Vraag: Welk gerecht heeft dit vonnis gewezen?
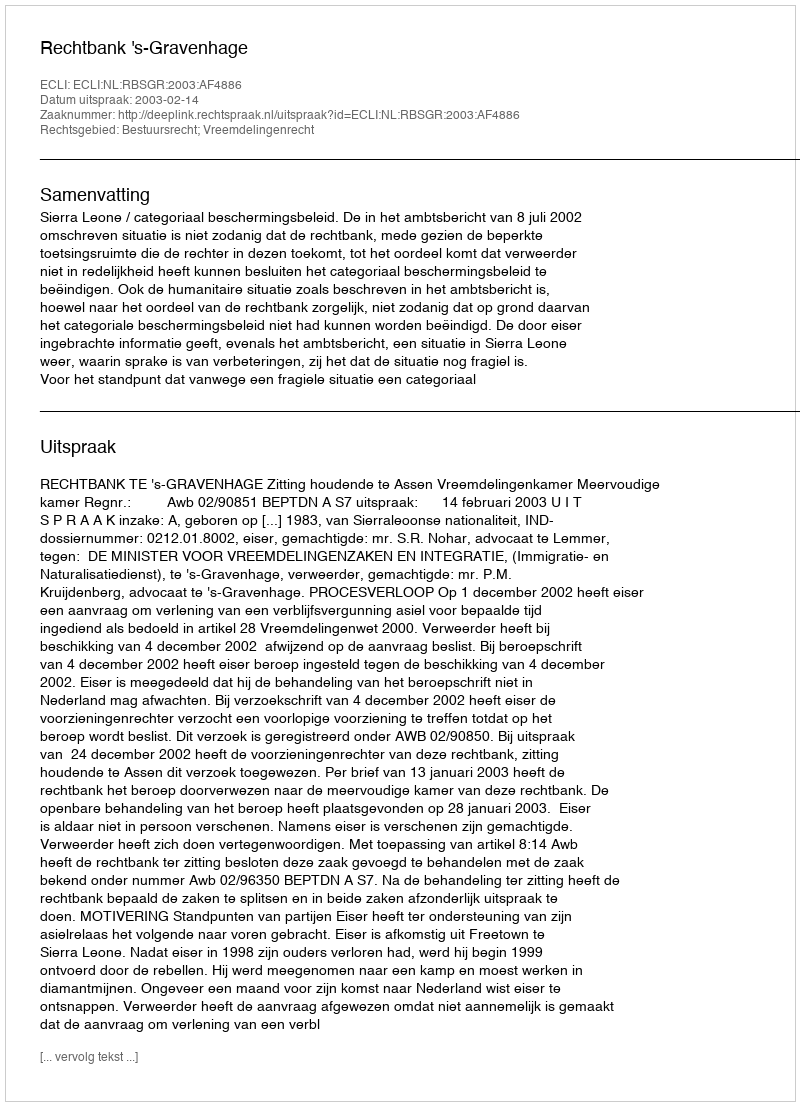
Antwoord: Rechtbank 's-Gravenhage